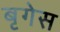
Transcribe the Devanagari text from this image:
बृगेस